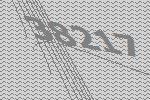
38217